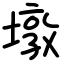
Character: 墩